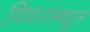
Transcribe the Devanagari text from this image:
विवरांमधून